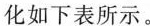
化如下表所示。